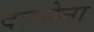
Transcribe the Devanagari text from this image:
दलसेना